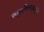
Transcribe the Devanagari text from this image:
समुद्रकिनार्‍यांमुळे